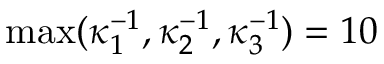
\operatorname* { m a x } ( \kappa _ { 1 } ^ { - 1 } , \kappa _ { 2 } ^ { - 1 } , \kappa _ { 3 } ^ { - 1 } ) = 1 0